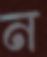
ন